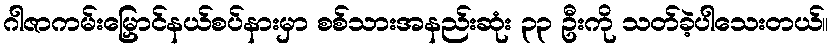
ဂါဇာကမ်းမြှောင်နယ်စပ်နားမှာ စစ်သားအနည်းဆုံး ၃၃ ဦးကို သတ်ခဲ့ပါသေးတယ်။